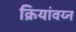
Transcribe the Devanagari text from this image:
क्रियांवय्न